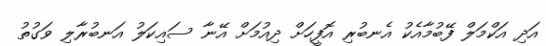
އަދި އަކްމަލް ފޭބުމާއެކު އެނބުރި އޮފީހަށް ދިއުމަށް އޭނާ ސައިކަލު އަނބުރާލި ވަގުތު